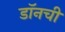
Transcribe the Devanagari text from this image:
डॉनची